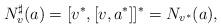
LaTeX: \begin{gather*}N_v^\sharp(a)=[v^*,[v,a^*]]^*=N_{v^*}(a),\end{gather*}